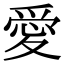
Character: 愛